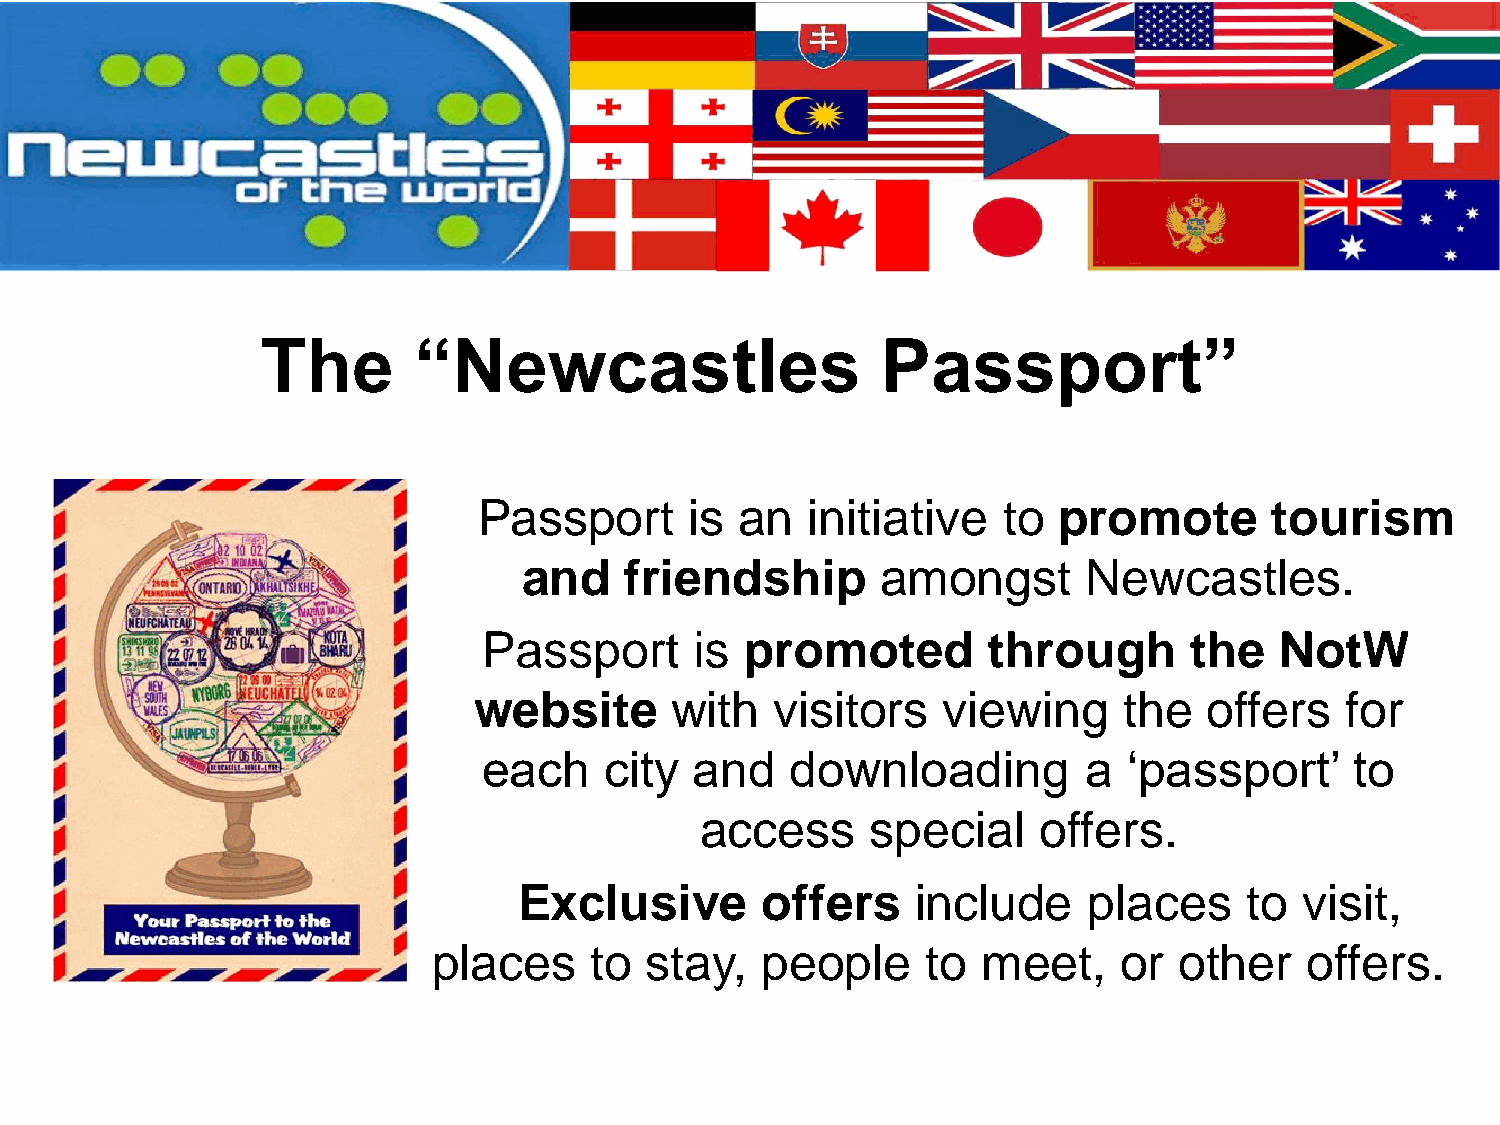
The       “Newcastles                    Passport”
 Passport      is an   initiative  to  promote       tourism
 and   friendship       amongst       Newcastles.
 Passport      is promoted        through       the   NotW
 website      with   visitors   viewing     the   offers   for
 each    city  and   downloading         a  ‘passport’     to
 access      special    offers.
 Exclusive       offers     include    places     to visit,
 places    to  stay,  people     to  meet,    or  other    offers.